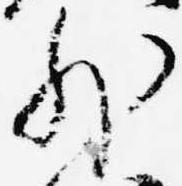
外